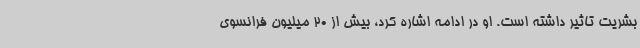
بشریت تاثیر داشته است. او در ادامه اشاره کرد، بیش از 20 میلیون فرانسوی